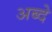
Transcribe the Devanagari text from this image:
अब्दे